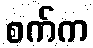
စက်က